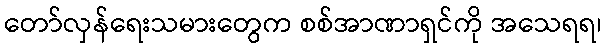
တော်လှန်ရေးသမားတွေက စစ်အာဏာရှင်ကို အသေရရ၊